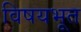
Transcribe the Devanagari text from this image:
विषयभूत